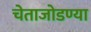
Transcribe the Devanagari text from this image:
चेताजोडण्या